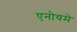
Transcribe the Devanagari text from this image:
एनोयमे